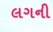
લગની